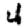
Digit: 4